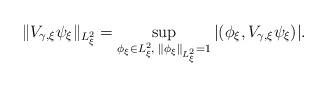
LaTeX: \begin{align*}\|V_{\gamma,\xi}\psi_\xi\|_{L_\xi^{2}}=\sup_{\phi_\xi\in L_\xi^{2},\; \|\phi_\xi\|_{L^2_\xi}=1}|(\phi_\xi,V_{\gamma,\xi}\psi_\xi)|.\end{align*}